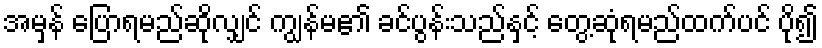
အမှန် ပြောရမည်ဆိုလျှင် ကျွန်မ၏ ခင်ပွန်းသည်နှင့် တွေ့ဆုံရမည်ထက်ပင် ပို၍